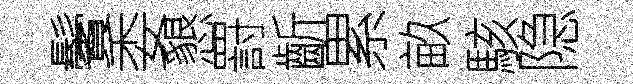
鬢委懇罸齗累畝駭隐